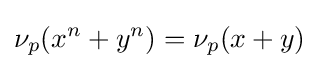
\nu _{p}(x^{n}+y^{n})=\nu _{p}(x+y)